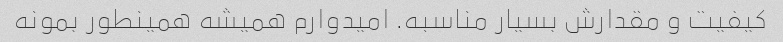
کیفیت و مقدارش بسیار مناسبه. امیدوارم همیشه همینطور بمونه